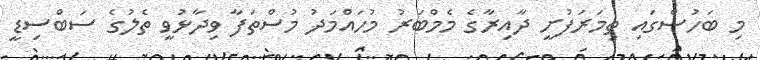
މި ބަހުސްގައި ތިމަރަފުށީ ދާއިރާގެ މެމްބަރު މުހައްމަދު މުސްތަފާ ވިދާޅުވީ ތެލުގެ ސަބްސިޑީ